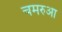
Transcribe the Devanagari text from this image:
चमरुआ